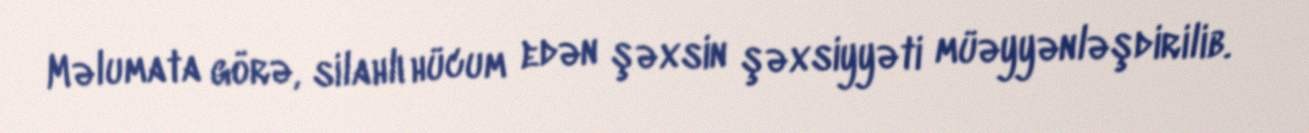
Məlumata görə, silahlı hücum edən şəxsin şəxsiyyəti müəyyənləşdirilib.